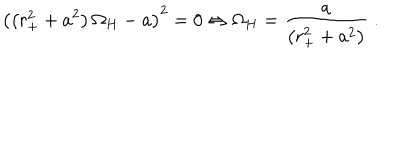
{ \left( \left( r _ { + } ^ { 2 } + a ^ { 2 } \right) \Omega _ { H } - a \right) } ^ { 2 } = 0 \Leftrightarrow \Omega _ { H } = \frac { a } { \left( r _ { + } ^ { 2 } + a ^ { 2 } \right) } \; .